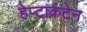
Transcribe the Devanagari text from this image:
हेप्टाकंटेन